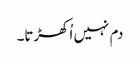
دم نہیں اُکھڑتا۔